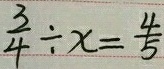
\frac { 3 } { 4 } \div x = \frac { 4 } { 5 }